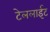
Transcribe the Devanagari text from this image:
टेललाईट